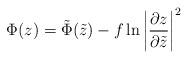
LaTeX: \begin{align*}\Phi(z)=\tilde{\Phi}(\tilde{z})-f\ln{\left|\frac{\partial z}{\partial\tilde{z}}\right|^2}\end{align*}